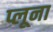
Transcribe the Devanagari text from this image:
प्लूना